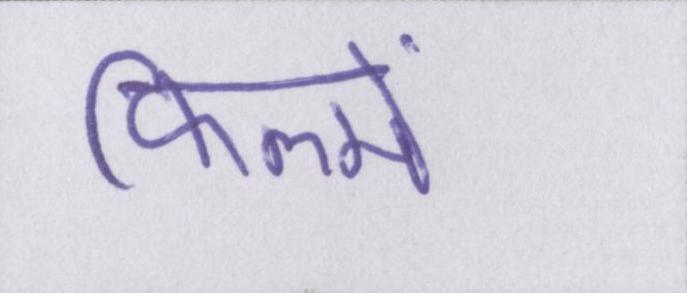
फिल्में